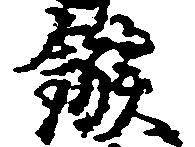
鏃